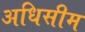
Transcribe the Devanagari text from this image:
अधिसीम